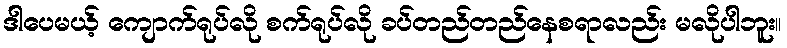
ဒါပေမယ့် ကျောက်ရုပ်လို စက်ရုပ်လို ခပ်တည်တည်နေစရာလည်း မလိုပါဘူး။